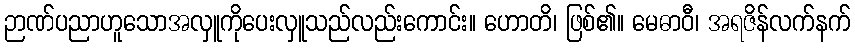
ဉာဏ်ပညာဟူသောအလှူကိုပေးလှူသည်လည်းကောင်း။ ဟောတိ၊ ဖြစ်၏။ မေဓာဝီ၊ အရဇိန်လက်နက်